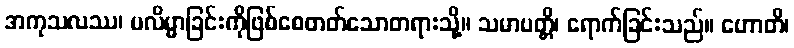
အကုသလဿ၊ မလိမ္မာခြင်းကိုဖြစ်စေတတ်သောတရားသို့။ သမာပတ္တိ၊ ရောက်ခြင်းသည်။ ဟောတိ၊